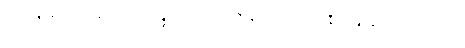
စကားမျှဖြင့်လည်းကောင်း။ အဉ္ဇလိကရဏမတ္တေန ဝါ၊ လက်အုပ်ချီကာမျှဖြင့်လည်းကောင်း။